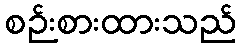
စဉ်းစားထားသည်